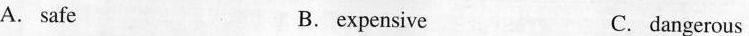
A. safe B. expensive C. dangerous